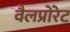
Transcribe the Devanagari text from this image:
वैलप्रोरेट